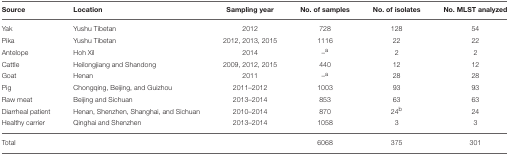
| Source | Location | Sampling year | No. of samples | No. of isolates | No. MLST analyzed |
 | --- | --- | --- | --- | --- | --- |
 | Yak | Yushu Tibetan | 2012 | 728 | 128 | 54 |
 | Pika | Yushu Tibetan | 2012, 2013, 2015 | 1116 | 22 | 22 |
 | Antelope | Hoh Xil | 2014 | –a | 2 | 2 |
 | Cattle | Heilongjiang and Shandong | 2009, 2012, 2015 | 440 | 12 | 12 |
 | Goat | Henan | 2011 | –a | 28 | 28 |
 | Pig | Chongqing, Beijing, and Guizhou | 2011–2012 | 1003 | 93 | 93 |
 | Raw meat | Beijing and Sichuan | 2013–2014 | 853 | 63 | 63 |
 | Diarrheal patient | Henan, Shenzhen, Shanghai, and Sichuan | 2010–2014 | 870 | 24b | 24 |
 | Healthy carrier | Qinghai and Shenzhen | 2013–2014 | 1058 | 3 | 3 |
 | Total |  |  | 6068 | 375 | 301 |